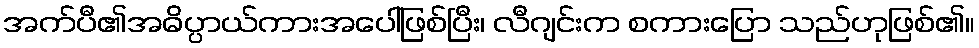
အက်ပီ၏အဓိပ္ပာယ်ကားအပေါ်ဖြစ်ပြီး၊ လီဂျင်းက စကားပြော သည်ဟုဖြစ်၏။